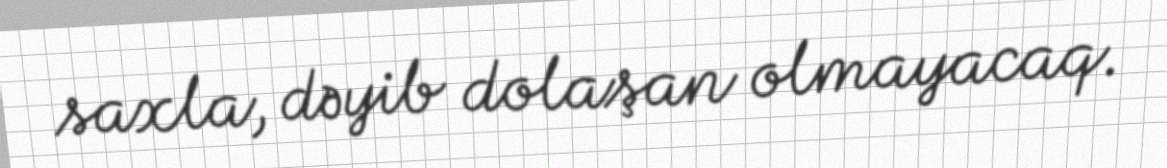
saxla, dəyib dolaşan olmayacaq.